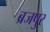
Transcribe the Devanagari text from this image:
ब्रजपुर